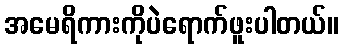
အမေရိကားကိုပဲရောက်ဖူးပါတယ်။